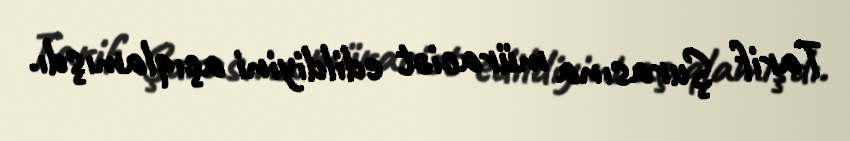
Tarif Şurasına müraciət edildiyini açıqlamışdı.